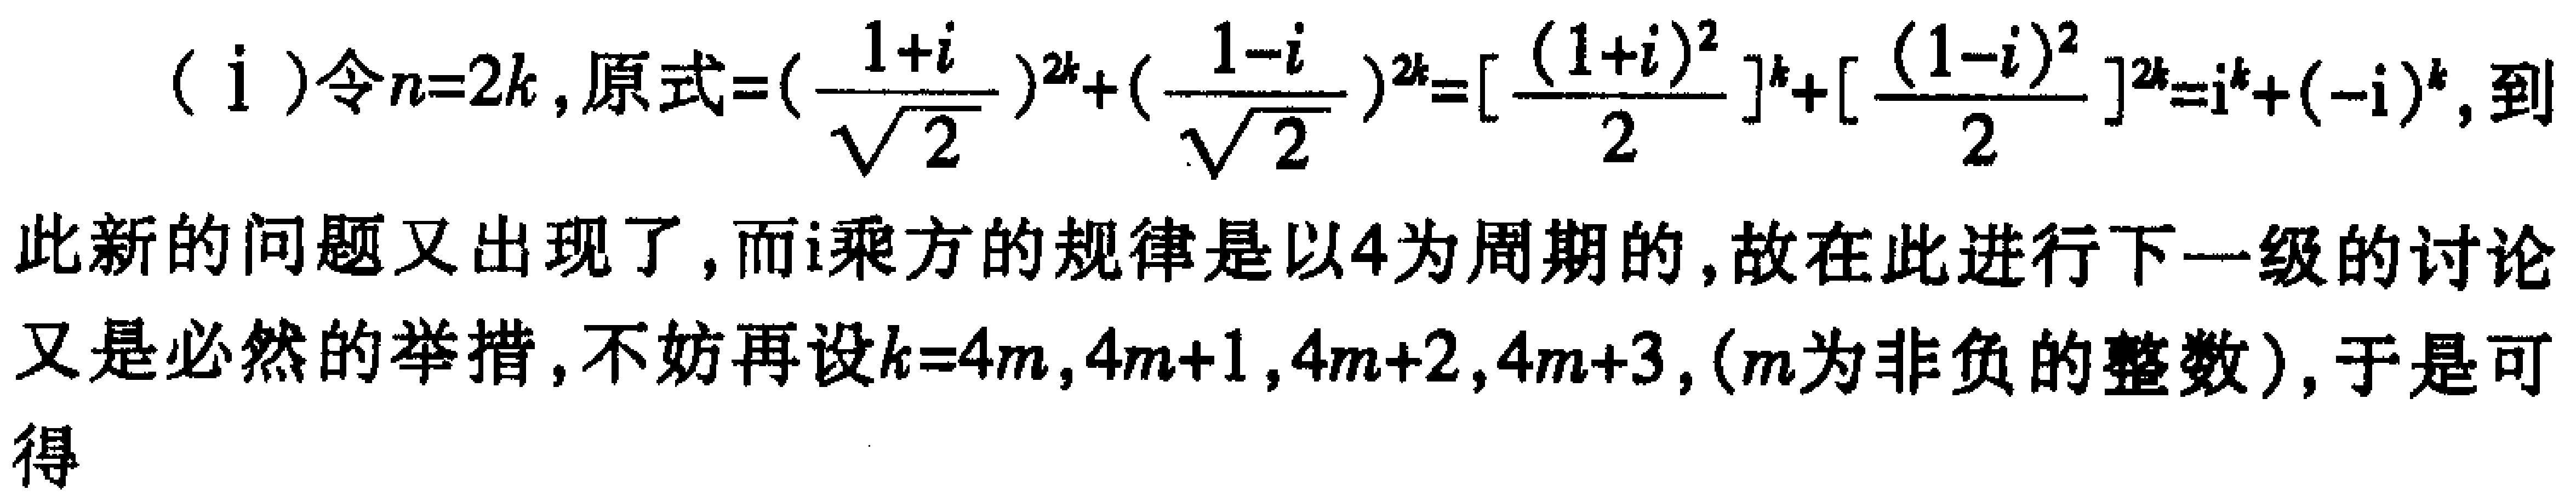
(i)令\(n = 2k\)，原式\(=(\frac{1 + i}{\sqrt{2}})^{2k}+(\frac{1 - i}{\sqrt{2}})^{2k}=[\frac{(1 + i)^{2}}{2}]^{k}+[\frac{(1 - i)^{2}}{2}]^{k}=i^{k}+(-i)^{k}\)，到此新的问题又出现了，而\(i\)乘方的规律是以\(4\)为周期的，故在此进行下一级的讨论又是必然的举措，不妨再设\(k = 4m,4m + 1,4m + 2,4m + 3,(m\)为非负的整数\()\)，于是可得